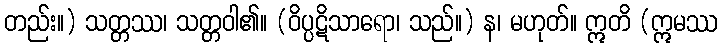
တည်း။) သတ္တဿ၊ သတ္တဝါ၏။ (ဝိပ္ပဋိသာရော၊ သည်။) န၊ မဟုတ်။ ဣတိ (ဣမဿ